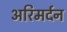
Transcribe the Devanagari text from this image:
अरिमर्दन